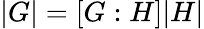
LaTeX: |G|=[G:H]|H|